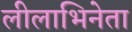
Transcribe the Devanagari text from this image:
लीलाभिनेता